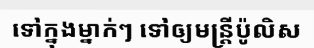
ទៅក្នុងម្នាក់ៗ ទៅឲ្យមន្ត្រីប៉ូលិស